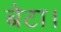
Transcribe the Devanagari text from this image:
बेटा।